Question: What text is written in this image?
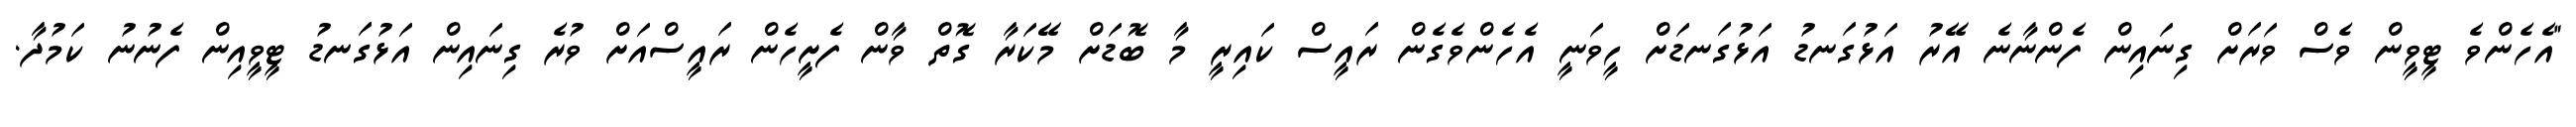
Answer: "އެހެންވެ ޓީވީން ވެސް ވަރަށް ގިނައިން ފެންނާނެ އޭރު އަޅުގަނޑު އަޅުގަނޑަށް ހީވަނީ އެހެންވެގެން ރައީސް ކައިރީ މާ ބޮޑަށް މޭކަރާ ގޮތް ވާން ފެށީހެން ރައީސްއަށް ވުރެ ގިނައިން އަޅުގަނޑު ޓީވީއިން ފެނުނު ކަމުދާ.